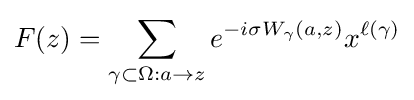
F(z)=\sum _{\gamma \subset \Omega :a\to z}e^{-i\sigma W_{\gamma }(a,z)}x^{\ell (\gamma )}